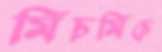
মিচমিচে